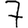
Digit: 7